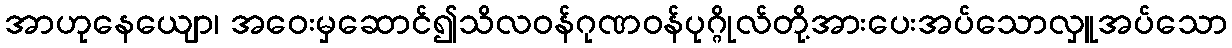
အာဟုနေယျော၊ အဝေးမှဆောင်၍သိလဝန်ဂုဏဝန်ပုဂ္ဂိုလ်တို့အားပေးအပ်သောလှူအပ်သော